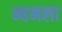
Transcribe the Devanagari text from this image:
म्हनला